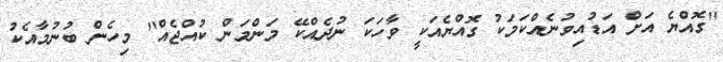
''ގޮއްޔެ އަށް އަޑުއިވުނެއްކަމަކު ގޮއްޔެއަކީ ވާހަކަ ނުދެއްކޭ މަންމަން ކުއްޖެއް'' މިހެން ބުނުމާއެކު